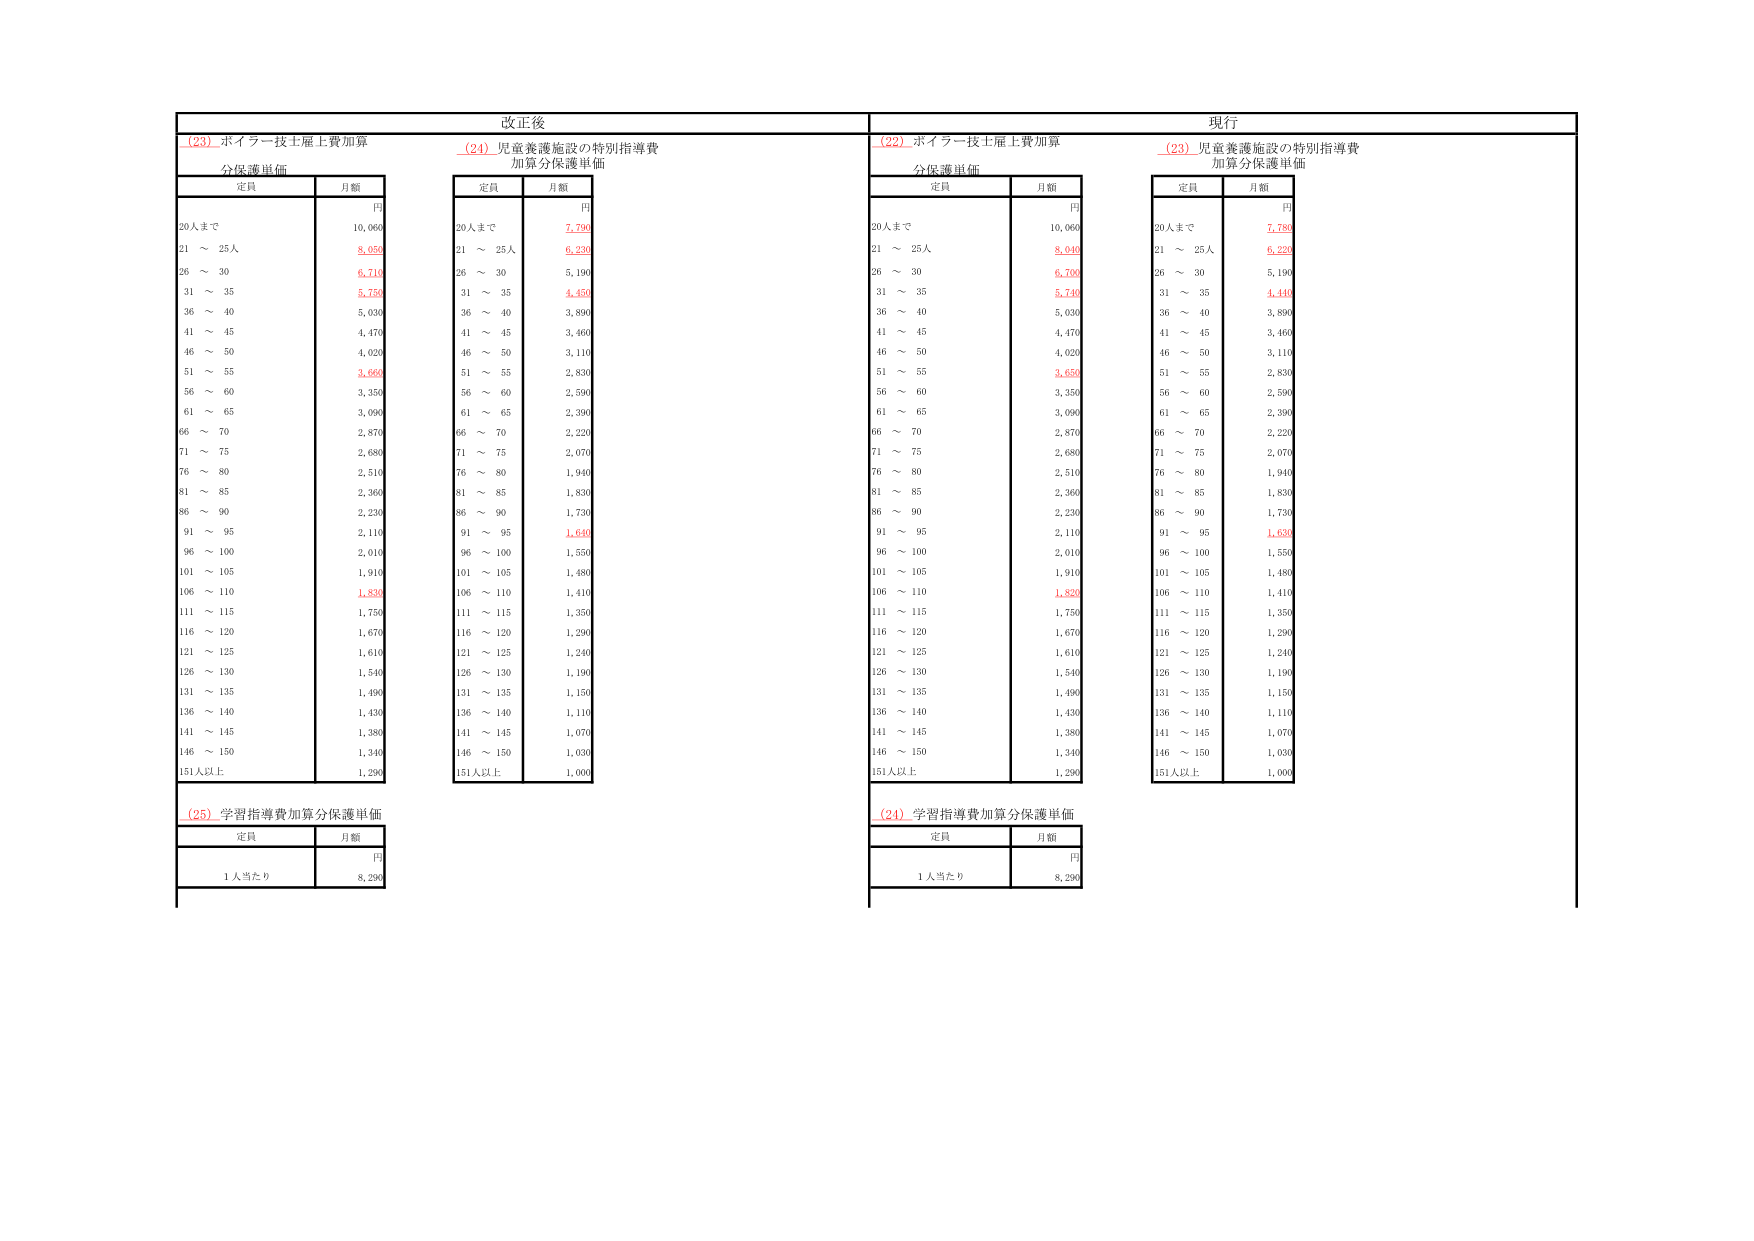
改正後
(23) ボイラー技士雇上費加算
分保護単価
定員
月額
円
20人まで
10,060
21 ～ 25人
8,050
26 ～ 30
6,710
31 ～ 35
5,750
36 ～ 40
5,030
41 ～ 45
4,470
46 ～ 50
4,020
51 ～ 55
3,660
56 ～ 60
3,350
61 ～ 65
3,090
66 ～ 70
2,870
71 ～ 75
2,680
76 ～ 80
2,510
81 ～ 85
2,360
86 ～ 90
2,230
91 ～ 95
2,110
96 ～ 100
2,010
101 ～ 105
1,910
106 ～ 110
1,830
111 ～ 115
1,750
116 ～ 120
1,670
121 ～ 125
1,610
126 ～ 130
1,540
131 ～ 135
1,490
136 ～ 140
1,430
141 ～ 145
1,380
146 ～ 150
1,340
151人以上
1,290
(24) 児童養護施設の特別指導費
加算分保護単価
定員
月額
円
20人まで
7,790
21 ～ 25人
6,930
26 ～ 30
5,190
31 ～ 35
4,450
36 ～ 40
3,890
41 ～ 45
3,460
46 ～ 50
3,110
51 ～ 55
2,830
56 ～ 60
2,590
61 ～ 65
2,390
66 ～ 70
2,220
71 ～ 75
2,070
76 ～ 80
1,940
81 ～ 85
1,830
86 ～ 90
1,730
91 ～ 95
1,640
96 ～ 100
1,550
101 ～ 105
1,480
106 ～ 110
1,410
111 ～ 115
1,350
116 ～ 120
1,290
121 ～ 125
1,240
126 ～ 130
1,190
131 ～ 135
1,150
136 ～ 140
1,110
141 ～ 145
1,070
146 ～ 150
1,030
151人以上
1,000
(25) 学習指導費加算分保護単価
定員
月額
円
1人当たり
8,290
現行
(22) ボイラー技士雇上費加算
分保護単価
定員
月額
円
20人まで
10,060
21 ～ 25人
8,040
26 ～ 30
6,700
31 ～ 35
5,740
36 ～ 40
5,030
41 ～ 45
4,470
46 ～ 50
4,020
51 ～ 55
3,650
56 ～ 60
3,350
61 ～ 65
3,090
66 ～ 70
2,870
71 ～ 75
2,680
76 ～ 80
2,510
81 ～ 85
2,360
86 ～ 90
2,230
91 ～ 95
2,110
96 ～ 100
2,010
101 ～ 105
1,910
106 ～ 110
1,820
111 ～ 115
1,750
116 ～ 120
1,670
121 ～ 125
1,610
126 ～ 130
1,540
131 ～ 135
1,490
136 ～ 140
1,430
141 ～ 145
1,380
146 ～ 150
1,340
151人以上
1,290
(23) 児童養護施設の特別指導費
加算分保護単価
定員
月額
円
20人まで
7,780
21 ～ 25人
6,920
26 ～ 30
5,190
31 ～ 35
4,440
36 ～ 40
3,890
41 ～ 45
3,460
46 ～ 50
3,110
51 ～ 55
2,830
56 ～ 60
2,590
61 ～ 65
2,390
66 ～ 70
2,220
71 ～ 75
2,070
76 ～ 80
1,940
81 ～ 85
1,830
86 ～ 90
1,730
91 ～ 95
1,630
96 ～ 100
1,550
101 ～ 105
1,480
106 ～ 110
1,410
111 ～ 115
1,350
116 ～ 120
1,290
121 ～ 125
1,240
126 ～ 130
1,190
131 ～ 135
1,150
136 ～ 140
1,110
141 ～ 145
1,070
146 ～ 150
1,030
151人以上
1,000
(24) 学習指導費加算分保護単価
定員
月額
円
1人当たり
8,290